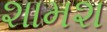
શામશ